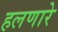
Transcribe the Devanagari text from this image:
हलणारे